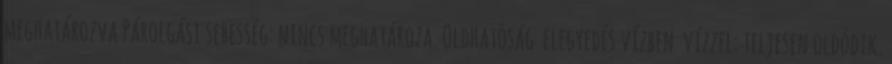
meghatározva Párolgási sebesség: nincs meghatároza. Oldhatóság elegyedés vízben vízzel: teljesen oldódik.